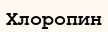
Хлоропин